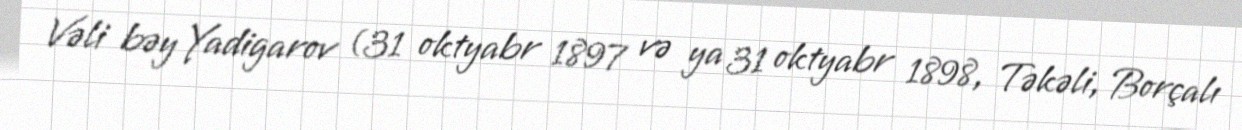
Vəli bəy Yadigarov (31 oktyabr 1897 və ya 31 oktyabr 1898, Təkəli, Borçalı